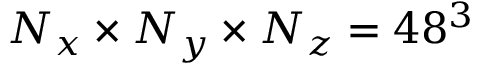
N _ { x } \times N _ { y } \times N _ { z } = 4 8 ^ { 3 }